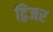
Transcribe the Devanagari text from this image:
द्विजर